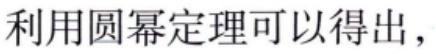
利用圆幂定理可以得出，